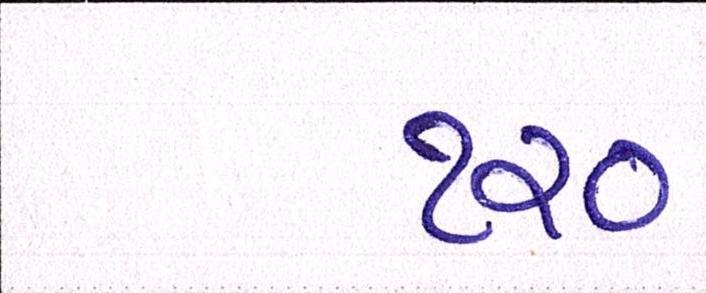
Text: ૧૨૦